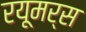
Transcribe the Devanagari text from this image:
रयूमर्स